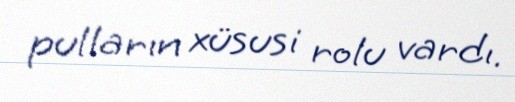
pulların xüsusi rolu vardı.